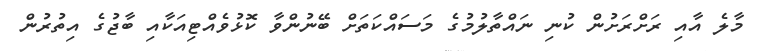
މާލެ އާއި ރަށްރަށުން ކުނި ނައްތާލުމުގެ މަސައްކަތަށް ބޭނުންވާ ކޮޅުވެއްޓިއަކާއި ބާޖުގެ އިތުރުން